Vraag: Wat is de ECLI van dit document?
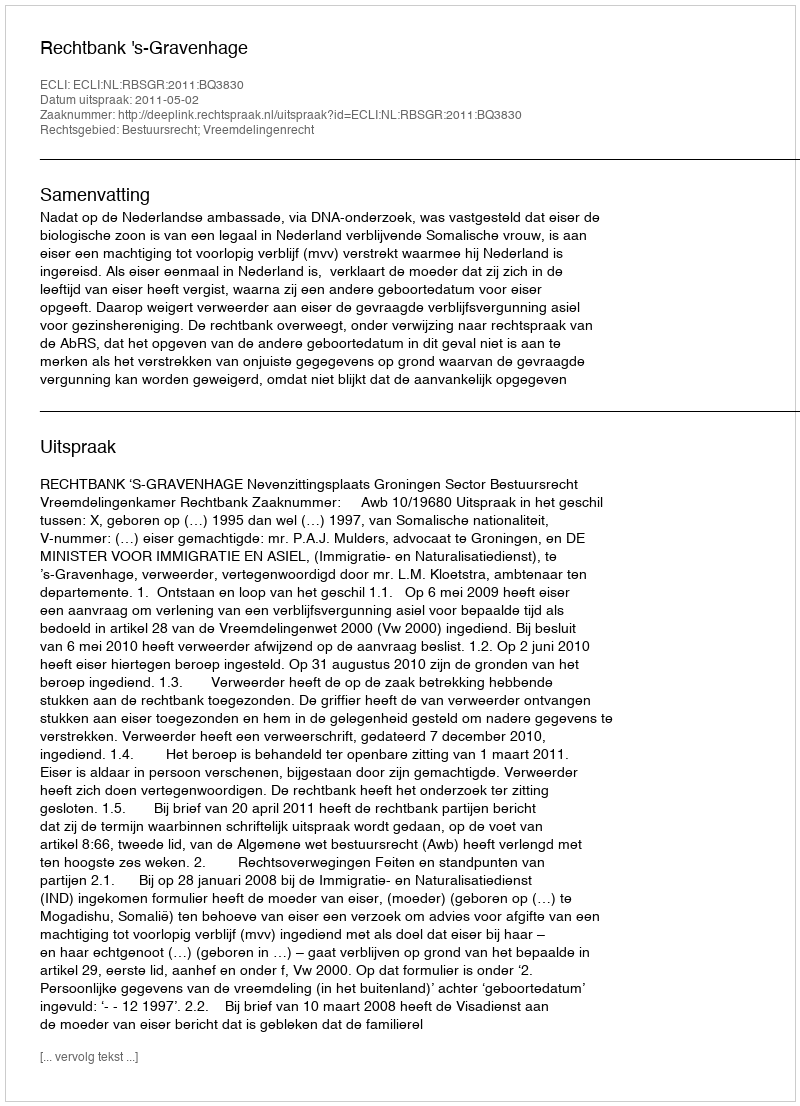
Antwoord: ECLI:NL:RBSGR:2011:BQ3830